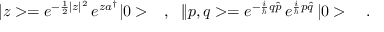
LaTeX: | z > = e ^ { - \frac { 1 } { 2 } | z | ^ { 2 } } \, e ^ { z a ^ { \dagger } } | 0 > \ \ \ , \ \ \| p , q > = e ^ { - \frac { i } { \hbar } q \hat { p } } \, e ^ { \frac { i } { \hbar } p \hat { q } } \, | 0 > \ \ \ .